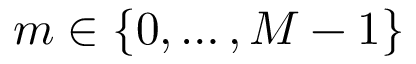
m \in \{ 0 , \ldots , M - 1 \}